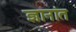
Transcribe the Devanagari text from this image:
ज्ञानांत